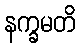
နက္ခမတိ